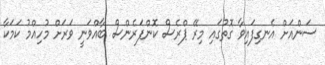
ސަންއަށް އެނގިފައިވާ ގޮތުގައި މިރޭ ޕްރެސް ކޮންފަރެންސް ބާއްވަނީ ވަރަށް މުހިއްމު ކަމަކާ